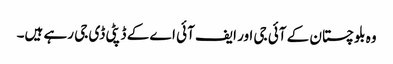
وہ بلوچستان کے آئی جی اور ایف آئی اے کے ڈپٹی ڈی جی رہے ہیں۔